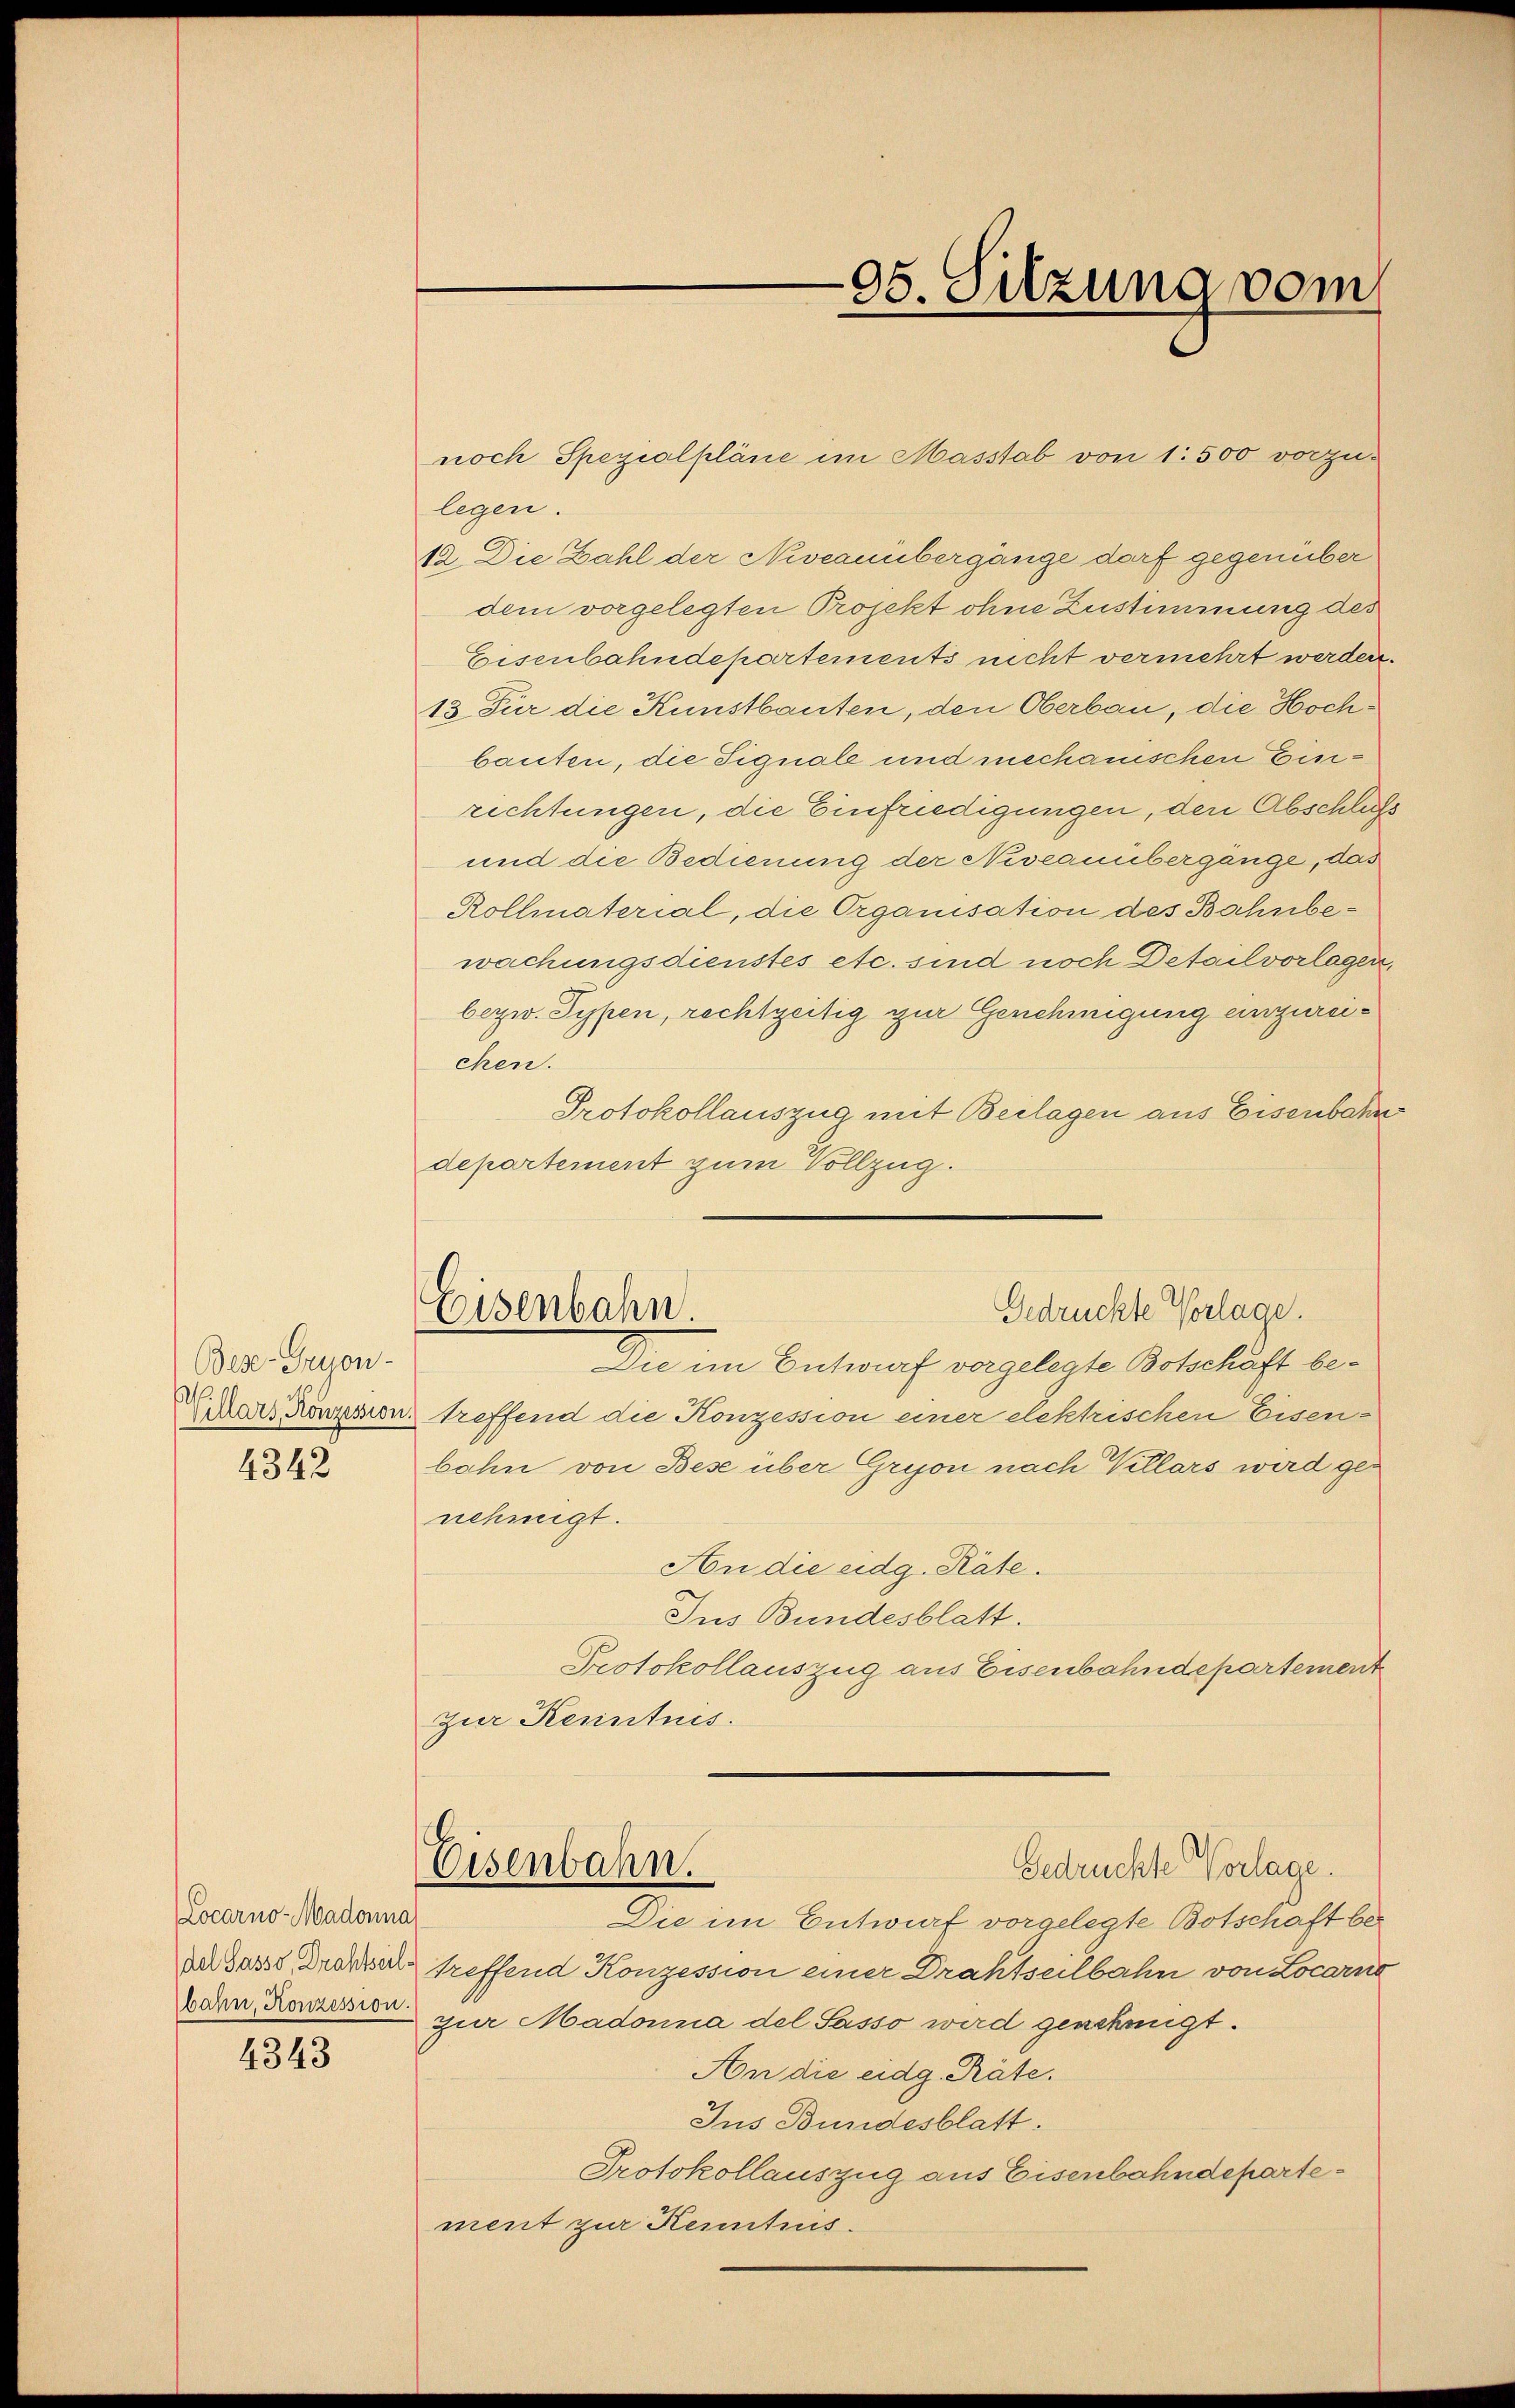
Bese Gryon-
4342

Locarno-Madonna

4343

legen.
12. Die Zahl der Niveaunbergänge darf gegenüber
dem vorgelegten Projekt ohne Zustimmung des
Eisenbahndepartements nicht vermehrt werden.
13. Für die Kunstbauten, den Oberbau, die Hochbauten, die Fignale und mechanischen Einrichtungen, die Einfriedigungen, den Abschluß
und die Bedienung der Neseanübergänge, das
Rollmaterial, die Organisation des Bahnbewachungsdienstes etc. sind noch Detailvorlagen,
bezw. Typen, rechtzeitig zur Genehmigung einzureichen.
Protokollauszug mit Beilagen aus Eisenbahn
departement zum Vollzug.
Eisenbahn.
Gedrückte Vorlage.
Die im Entwurf vorgelegte Botschäft be¬
Herr Konzesion treffend die Konzession einer elektrischen Eisen-
bahn von Bese über Grion nach Willars wird genehmigt.
An die eidg. Räte.
Ius Bundesblatt.
Protokollauszug aus Eisenbahndepartement
Zur Kenntnis.

noch Spezialpläne im Masstab von 1500 vorzu-

05. Sitzung vom

Eisenbahn.
Gedruckte Vorlage.

Die im Entwurf vorgelegte Botschaft bei
in Gasst droher treffend Konzession einer Drahtseilbahn von Locarno
bahn, Konzen zur Madonna del Sasso wird genehmigt.
An die eidg. Präte.
Jus Bundesblatt.
Protokollauszug aus Eisenbahndepartement zur Kenntnus.